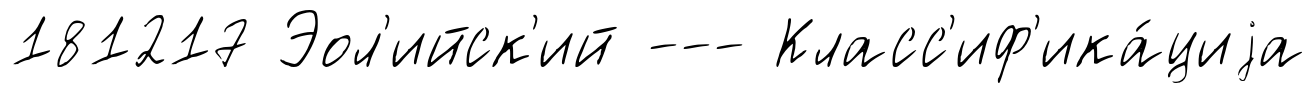
181217 Эол'ийск'ий --- Класс'иф'ика́циjа